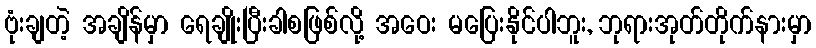
ဗုံးချတဲ့ အချိန်မှာ ရေချိုးပြီးခါစဖြစ်လို့ အဝေး မပြေးနိုင်ပါဘူး, ဘုရားအုတ်တိုက်နားမှာ